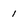
Character: 1